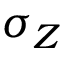
\sigma _ { Z }